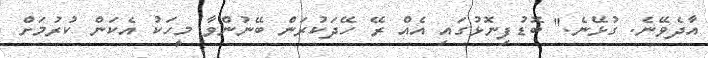
އާދެވޭނެ. ގުޅޭނެ." ބޮޑުފިނޮޅުގައި އެއް ރޭ ހޭދަކުރަން ބޭނުންވާ މީހަކު އެކަން ކުރުމަށް